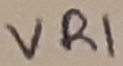
Text: VR1